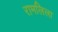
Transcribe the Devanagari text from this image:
रामलिला